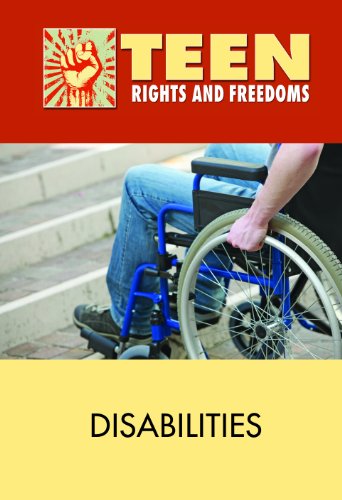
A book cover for Disabilities (Teen Rights and Freedoms); David M. Haugen; Teen & Young Adult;